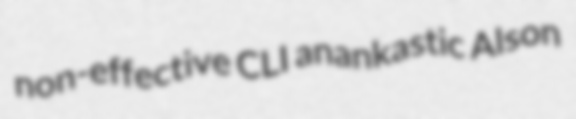
non-effective CLI anankastic Alson